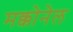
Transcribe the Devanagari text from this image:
मक्कोनेल